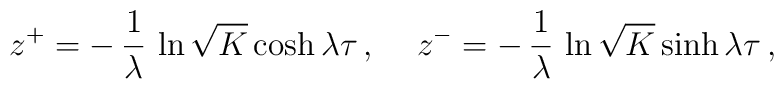
z^{+} = -\,\frac{1}{\lambda}\,\ln\sqrt{K}\cosh \lambda\tau\,, \hspace{0.5cm} z^{-} = -\,\frac{1}{\lambda}\,\ln\sqrt{K}\sinh \lambda\tau\,,